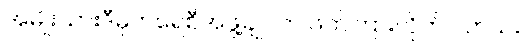
အမျိုးသားဒီမိုကရေစီအဖွဲ့ချုပ်က ဖိတ်ကြားလိုက်ပါတယ်။